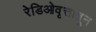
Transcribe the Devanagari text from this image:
रेडिओवृत्तातून